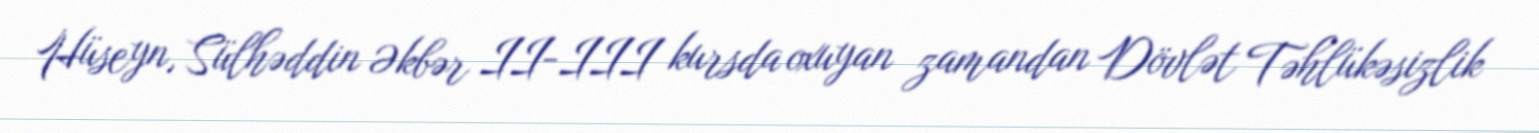
Hüseyn, Sülhəddin Əkbər II-III kursda oxuyan zamandan Dövlət Təhlükəsizlik